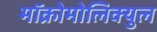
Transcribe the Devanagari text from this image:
मॉक्रोमोलिक्युल